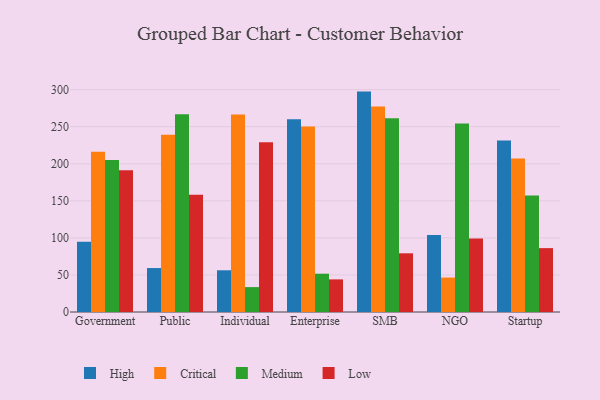
{"axis": {"x": "Segment", "y": "Demand Index"}, "legend": ["Critical", "High", "Low", "Medium"], "data": [{"x": "Government", "y": 94.8, "type": "High"}, {"x": "Government", "y": 216.2, "type": "Critical"}, {"x": "Government", "y": 205.1, "type": "Medium"}, {"x": "Government", "y": 191.4, "type": "Low"}, {"x": "Public", "y": 59.3, "type": "High"}, {"x": "Public", "y": 239.1, "type": "Critical"}, {"x": "Public", "y": 266.8, "type": "Medium"}, {"x": "Public", "y": 158.1, "type": "Low"}, {"x": "Individual", "y": 56.3, "type": "High"}, {"x": "Individual", "y": 266.6, "type": "Critical"}, {"x": "Individual", "y": 33.6, "type": "Medium"}, {"x": "Individual", "y": 228.9, "type": "Low"}, {"x": "Enterprise", "y": 260.2, "type": "High"}, {"x": "Enterprise", "y": 250.4, "type": "Critical"}, {"x": "Enterprise", "y": 51.7, "type": "Medium"}, {"x": "Enterprise", "y": 44.0, "type": "Low"}, {"x": "SMB", "y": 297.4, "type": "High"}, {"x": "SMB", "y": 277.3, "type": "Critical"}, {"x": "SMB", "y": 261.6, "type": "Medium"}, {"x": "SMB", "y": 79.2, "type": "Low"}, {"x": "NGO", "y": 103.9, "type": "High"}, {"x": "NGO", "y": 46.5, "type": "Critical"}, {"x": "NGO", "y": 254.2, "type": "Medium"}, {"x": "NGO", "y": 99.1, "type": "Low"}, {"x": "Startup", "y": 231.4, "type": "High"}, {"x": "Startup", "y": 207.0, "type": "Critical"}, {"x": "Startup", "y": 157.1, "type": "Medium"}, {"x": "Startup", "y": 86.2, "type": "Low"}]}